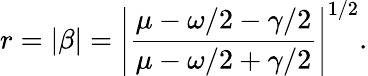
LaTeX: r=|\beta|=\left|\frac{\mu-\omega/2-\gamma/2}{\mu-\omega/2+\gamma/2}\right|^{1/2}.